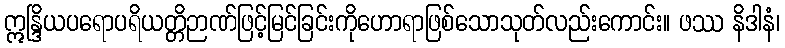
ဣန္ဒြိယပရောပရိယတ္တိဉာဏ်ဖြင့်မြင်ခြင်းကိုဟောရာဖြစ်သောသုတ်လည်းကောင်း။ ဖဿ နိဒါနံ၊